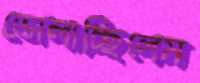
ভোলাচ্ছিলেম